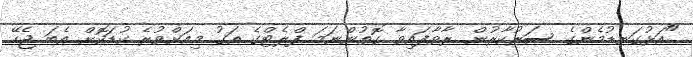
"އަޅުގަނޑުމެންގެ ސަރުކާރުން ރާވާފައިވާ ގޮތުންނަމަ ފްލެޓްގެ އަގު މިއަށްވުރެ ކުޑަކޮށް އެބަ ޖެހޭ